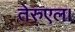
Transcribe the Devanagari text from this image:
तेरुएल।